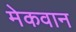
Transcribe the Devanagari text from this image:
मेकवान